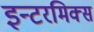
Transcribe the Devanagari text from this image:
इन्टरमिक्स